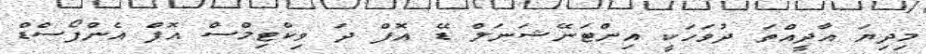
މިދިޔަ އާދީއްތަ ދުވަހަކީ އިންޓަނޭޝަނަލް ޑޭ އޮފް ދަ ވިކްޓިމްސް އޮފް އެންފޯސްޑް